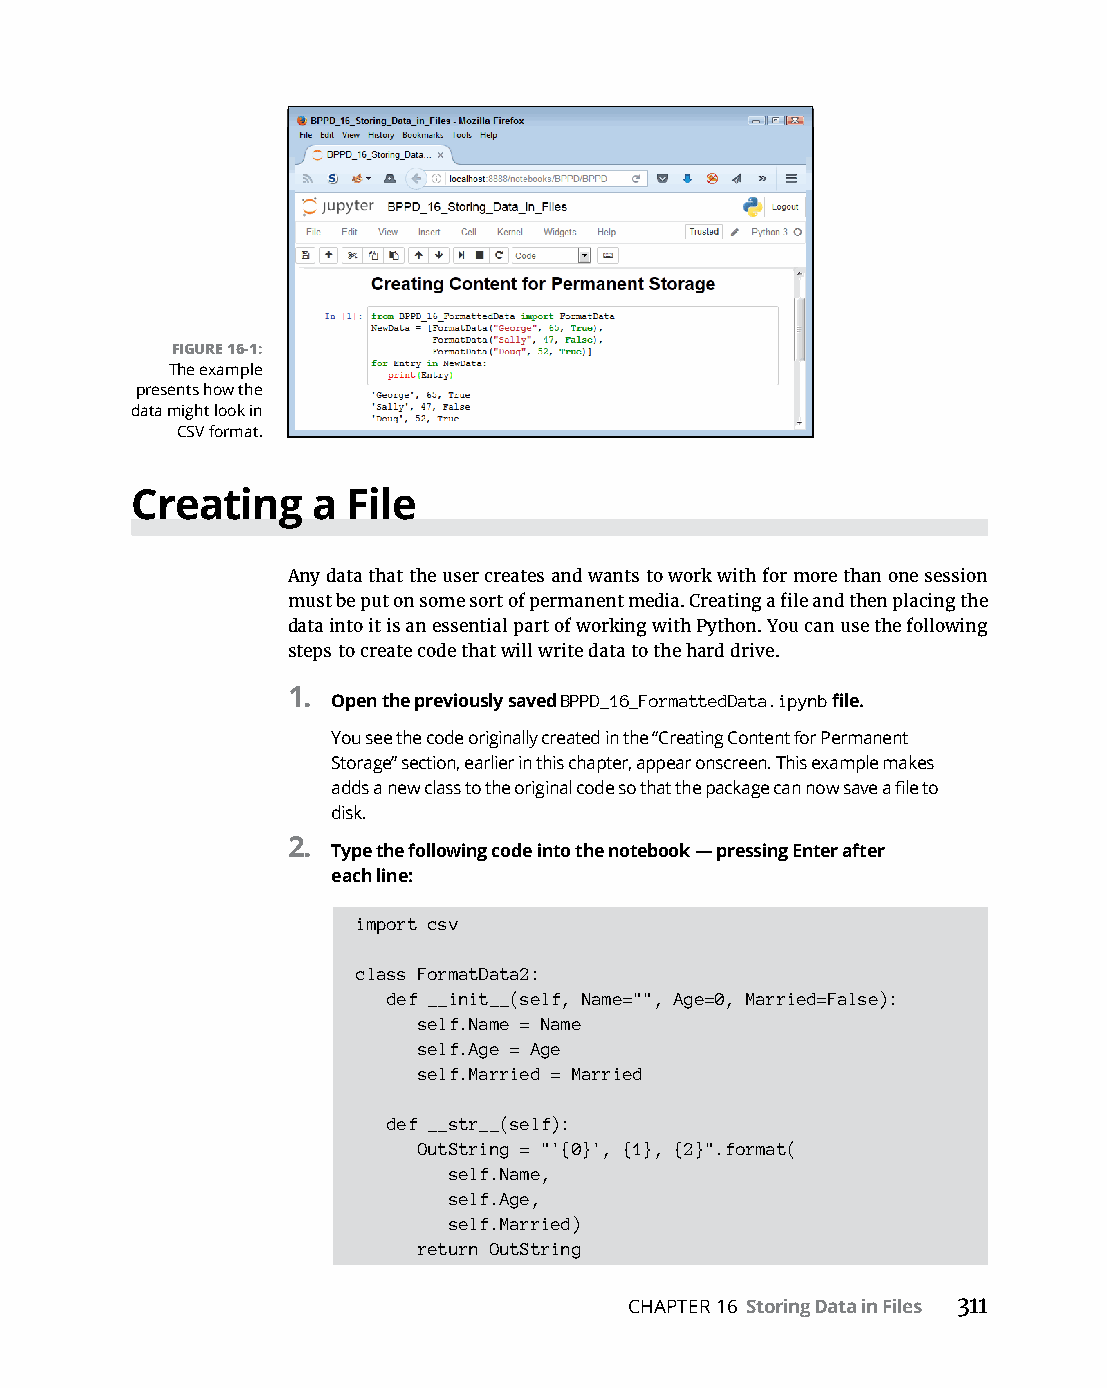
FIGURE 16-1:
 The example
 presents how the
 data might look in
 CSV format.
 Creating    a File
 Any data that the user creates and wants to work with for more than one session
 must be put on some sort of permanent media. Creating a file and then placing the
 data into it is an essential part of working with Python. You can use the following
 steps to create code that will write data to the hard drive.
 1. Open the previously saved BPPD_16_FormattedData.ipynb file.
 You see the code originally created in the “Creating Content for Permanent
 Storage” section, earlier in this chapter, appear onscreen. This example makes
 adds a new class to the original code so that the package can now save a file to
 disk.
 2.
 Type the following code into the notebook — pressing Enter after
 each line:
 import csv
 class FormatData2:
 def __init__(self, Name="", Age=0, Married=False):
 self.Name = Name
 self.Age = Age
 self.Married = Married
 def __str__(self):
 OutString = "'{0}', {1}, {2}".format(
 self.Name,
 self.Age,
 self.Married)
 return OutString
 CHAPTER 16 Storing Data in Files 311